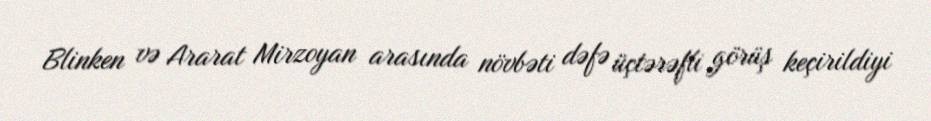
Blinken və Ararat Mirzoyan arasında növbəti dəfə üçtərəfli görüş keçirildiyi